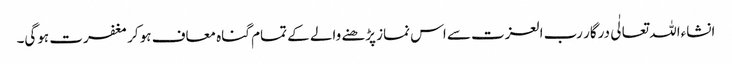
انشاءاللہ تعالٰی درگار رب العزت سے اس نماز پڑھنے والے کے تمام گناہ معاف ہو کر مغفرت ہوگی۔